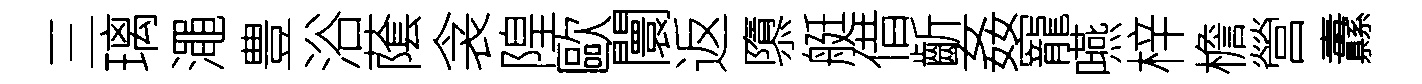
三璃澠豊浴䕃衾隍歐闤返隳艇借齗姦寵嚥梓檐營纛